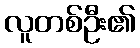
လူတစ်ဦး၏